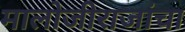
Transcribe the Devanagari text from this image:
मालोजीराजांचा